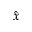
\hat { x }